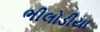
ભીલોડીયા